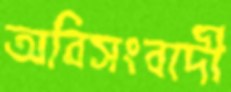
অবিসংবাদী